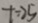
t = 2 5